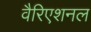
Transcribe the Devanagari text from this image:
वैरिएशनल